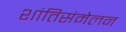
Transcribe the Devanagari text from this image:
शांतिसंमेलन